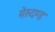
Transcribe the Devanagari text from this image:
मेरुदण्‍ड